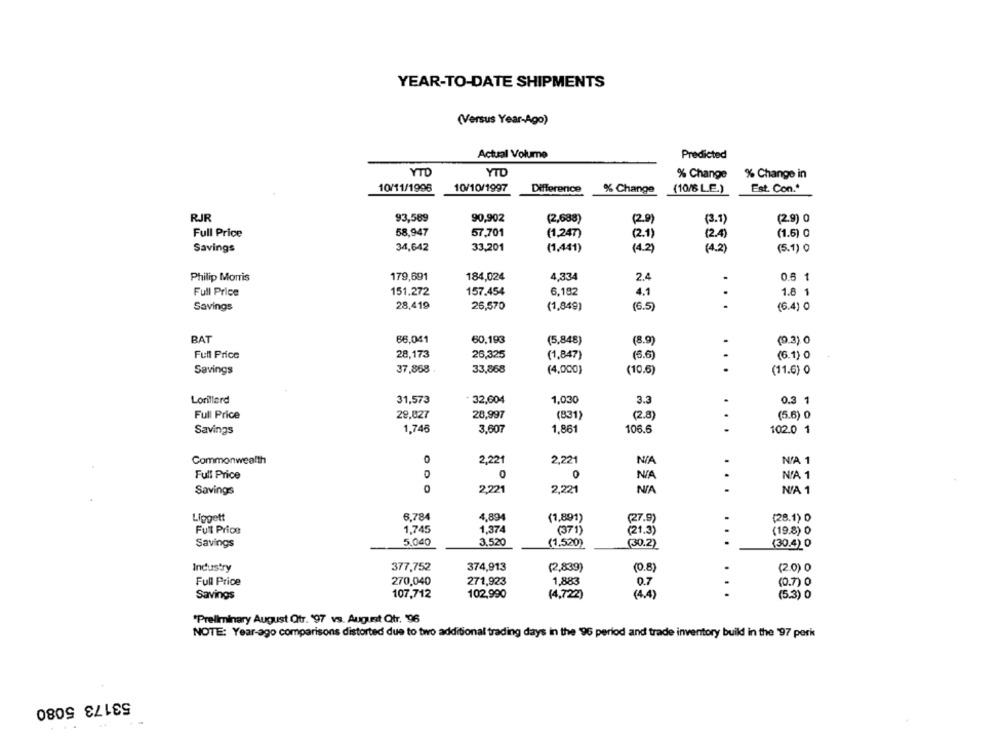
YEAR-TO-DATE SHIPMENTS
(Versus Year-Ago)
Actual Volume
Predicted
YTD
YTD
% Change
% Change in
10/11/1996
10/10/1997
Difference
% Change
(10/6 L.E.)
Est. Con .*
RJR
93,589
90,902
(2,688)
(3.1)
(2.9) 0
Full Price
58,947
57,701
(1,247)
(21
(2A)
(1.6) 0
Savings
34,642
33,201
(1,441)
(4.2)
(4.2)
(5.1) 0
Philip Morris
179,691
184,024
4,334
2.4
.
0.6 1
.
Full Price
151.272
157.454
6,182
4.1
1.8 1
28,419
.
Savings
26,570
(1,849)
(6.5)
(6.4) 0
BAT
86,041
60,193
(5,848)
(8.9)
(9.3) 0
Full Price
28,173
26,325
(1,847)
(6.6)
(6.1) 0
Savings
37,858
33,868
(4,000)
(10.5)
(11.6) 0
Lorillard
31,573
32,604
1,030
3.3
0.3 1
Full Price
28,827
28,997
(831)
(2.8)
(5.6) 0
Savings
1.746
3,607
1,861
106.6
102.0 1
Commonwealth
0
2,221
2,221
N/A 1
Full Price
0
0
N/A 1
DO
2,221
2,221
Savings
N/A 1
Liggett
6.784
4,89
(1,891)
(27.9)
(28.1) 0
Full Price
1,745
1.374
(371)
(21.3)
(19.8) 0
5,040
3,520
Savings
(1,520)
(30.2)
...
(30.4) 0
Industry
377,752
374,913
(2,839)
(0.8)
(2.0) 0
Full Price
270,040
271,923
1,883
0.7
(0.7) 0
...
Savings
107,712
102,990
(4,722)
(4.4)
(5.3) 0
"Preliminary August Qtr. '97 vs. August Qtr. 96
NOTE: Year-ago comparisons distorted due to two additional trading days in the 96 perlod and trade inventory build in the '97 perit
53173 5080